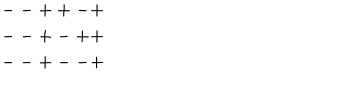
\begin{array} { c } { { -- + + - + } } \\ { { -- + - + + } } \\ { { -- + -- + } } \\ \end{array}